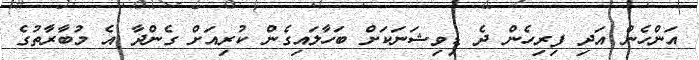
އަންހެން އަދި ފިރިހެން ދެ ޑިވިޝަނަކަށް ބަހާލައިގެން ކުރިއަށް ގެންދާ އެ މުބާރާތުގެ